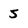
Character: 5